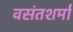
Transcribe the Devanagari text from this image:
वसंतशर्मा